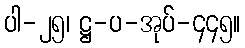
ပါ-၂၅၊ ဋ္ဌ-ပ-အုပ်-၄၄၅။